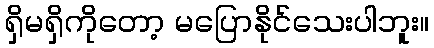
ရှိမရှိကိုတော့ မပြောနိုင်သေးပါဘူး။